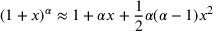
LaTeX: ( 1 + x ) ^ { \alpha } \approx 1 + \alpha x + { \frac { 1 } { 2 } } \alpha ( \alpha - 1 ) x ^ { 2 }